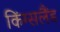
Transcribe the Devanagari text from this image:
किंग्सलैंड